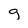
Character: g